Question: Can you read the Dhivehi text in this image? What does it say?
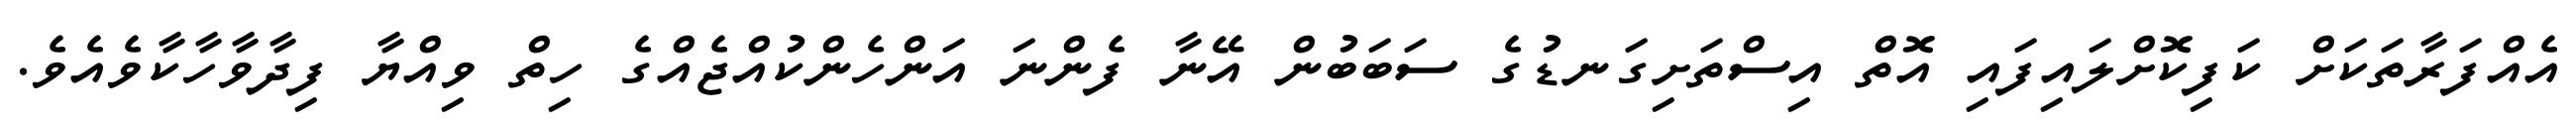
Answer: އެއްފަރާތަކަށް ކަފިކޮށްލައިފައި އޮތް އިސްތަށިގަނޑުގެ ސަބަބުން އޭނާ ފެންނަ އަންހެންކުއްޖެއްގެ ހިތް ވިއްޔާ ފިދާވާހާކާވެއެވެ.